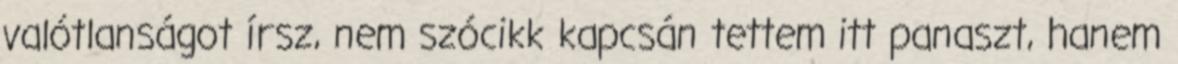
valótlanságot írsz, nem szócikk kapcsán tettem itt panaszt, hanem